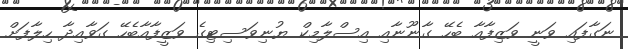
ނަގާފައި ވަނީ ވަޒިފާއާ ބެހޭ ގާނޫނާއި އިސްލާމިކް ޔުނިވަސިޓިގެ ވަޒީފާއާބެހޭ ގަވާއިދާ ހިލާފަށް